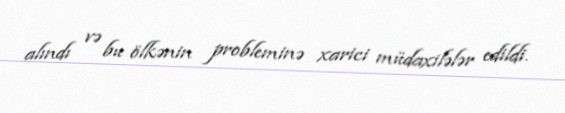
alındı və bu ölkənin probleminə xarici müdaxilələr edildi.